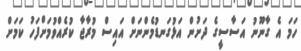
ހަމަ އެ ގާނޫނު އަސާސީގެ ދަށުން އަޅުގަނޑުމެންނަށް އައިސް މުރާޖާ ކުރެއްވުމަށްފަހު ކަމަށް